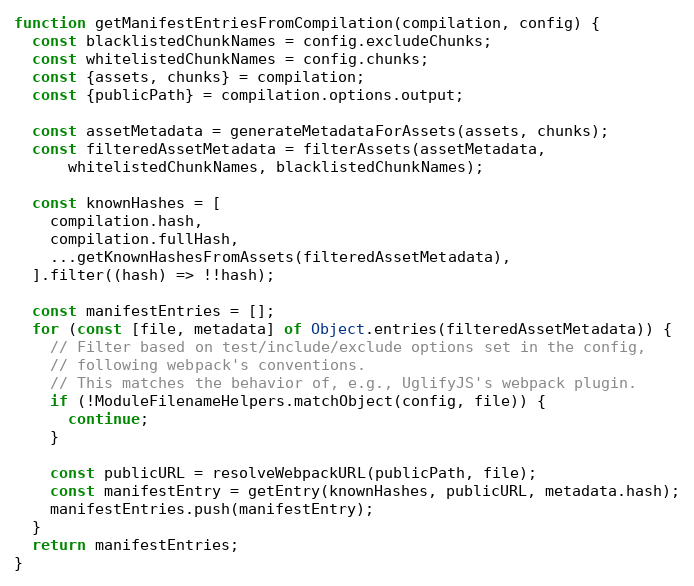
Language: JavaScript
function getManifestEntriesFromCompilation(compilation, config) {
  const blacklistedChunkNames = config.excludeChunks;
  const whitelistedChunkNames = config.chunks;
  const {assets, chunks} = compilation;
  const {publicPath} = compilation.options.output;

  const assetMetadata = generateMetadataForAssets(assets, chunks);
  const filteredAssetMetadata = filterAssets(assetMetadata,
      whitelistedChunkNames, blacklistedChunkNames);

  const knownHashes = [
    compilation.hash,
    compilation.fullHash,
    ...getKnownHashesFromAssets(filteredAssetMetadata),
  ].filter((hash) => !!hash);

  const manifestEntries = [];
  for (const [file, metadata] of Object.entries(filteredAssetMetadata)) {
    // Filter based on test/include/exclude options set in the config,
    // following webpack's conventions.
    // This matches the behavior of, e.g., UglifyJS's webpack plugin.
    if (!ModuleFilenameHelpers.matchObject(config, file)) {
      continue;
    }

    const publicURL = resolveWebpackURL(publicPath, file);
    const manifestEntry = getEntry(knownHashes, publicURL, metadata.hash);
    manifestEntries.push(manifestEntry);
  }
  return manifestEntries;
}